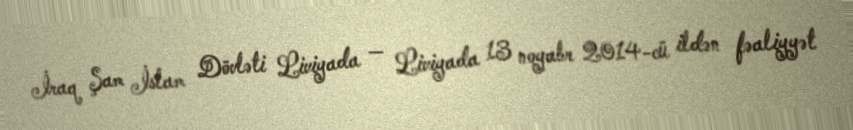
İraq Şam İslam Dövləti Liviyada — Liviyada 13 noyabr 2014-cü ildən fəaliyyət